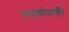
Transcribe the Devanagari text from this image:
मथकोत्स्की